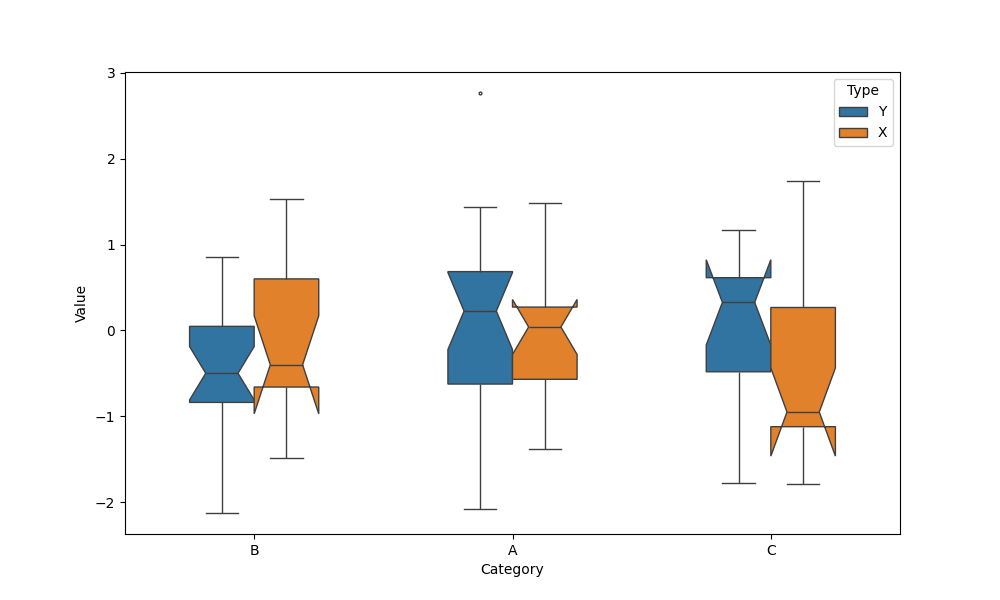
python, seaborn, boxplot, width=0.5, linewidth=1, fliersize=2, notch=True